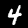
Digit: 4